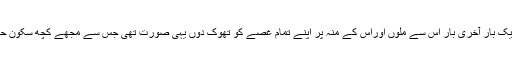
میں چاہتا تھا کہ ایک بار آخری بار اس سے ملوں اوراس کے منہ پر اپنے تمام غصے کو تھوک دُوں یہی صورت تھی جس سے مجھے کچھ سکون حاصل ہو سکتا تھا۔